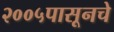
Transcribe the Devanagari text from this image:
२००५पासूनचे